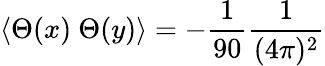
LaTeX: \langle\Theta(x)\ \Theta(y)\rangle=-\frac{1}{90}\frac{1}{(4\pi)^{2}}